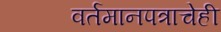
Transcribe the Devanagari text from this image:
वर्तमानपत्राचेही